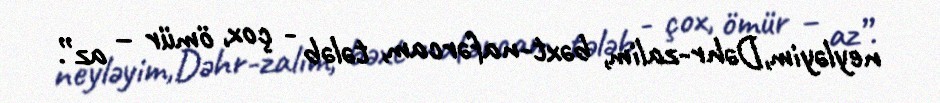
neyləyim,Dəhr-zalim, bəxt-nafərcam, tələb - çox, ömür – az”.